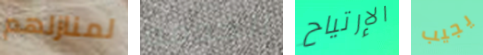
لمنازلهم الخدمه الإرتياح يجيب